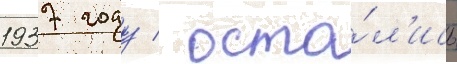
1937 году / оста́л'ись